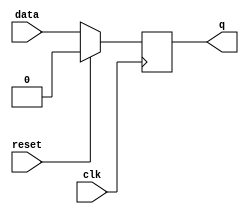
module FFD(
data,
clk,
reset,
q
);
	//*Asignacion de entradas y salidas*//
input data, clk, reset;
output q;
reg q;	
                    //*Asignacion de wires*//
//*En este codigo no fue necesaria la asignacion de wires*//		


//*Descripcion del codigo*//				
always @ (posedge clk )
begin
if(reset)
q=0;
else
q<= data;
end 

endmodule 
//*Fin del modulo*//